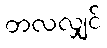
တလလျှင်